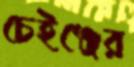
চেইঞ্জের